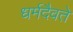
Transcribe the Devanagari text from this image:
धर्मदैवते